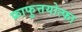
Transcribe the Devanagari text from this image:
फ्राफुत्तयोत्फा